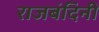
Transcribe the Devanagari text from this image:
राजबंदिनी